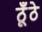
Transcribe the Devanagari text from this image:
ठूँठे